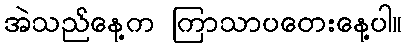
အဲသည်နေ့က ကြာသာပတေးနေ့ပါ။